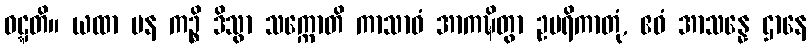
ဝဋ္ဋတိ။ ယထာ ပန ကဉ္စိ ဒိသွာ သက္ကောတိ ကာသာဝံ အာကဍ္ဎိတွာ ဥပရိကာတုံ, ဧဝံ အာသန္နေ ဌာနေ